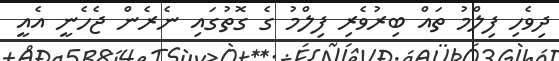
ދިވެހި ފިލްމު ތައް ބިރުވެރި ފިލްމު ގެ ގޮތުގައި ނެރެން ޖެހެނީ އެއީ